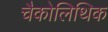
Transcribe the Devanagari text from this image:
चैकोलिथिक